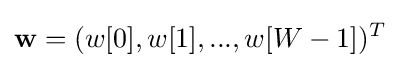
\mathbf {w} =(w[0],w[1],...,w[W-1])^{T}